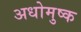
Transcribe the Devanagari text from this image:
अधोमुष्क